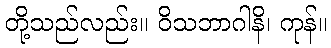
တို့သည်လည်း။ ဝိသဘာဂါနိ၊ ကုန်။